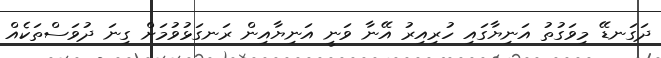
ދަގަނޑޭ މިވަގުތު އަނިޔާގައި ހުރިއިރު އޭނާ ވަނީ އަނިޔާއިން ރަނގަޅުވުމަށް ގިނަ ދުވަސްތަކެއް